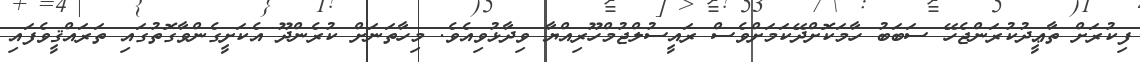
ފިކުރަށް ތާޢީދުކުރަންޖެހޭ ސަބަބު ހާމަކޮށްދޭކަމަށްވެސް ރައީސުލްޖުމްހޫރިއްޔާ ވިދާޅުވިއެވެ. މިހާތަނަށް ކުރެންދޫ އެކަށީގެންވާގޮތުގައި ތަރައްޤީވެފައި